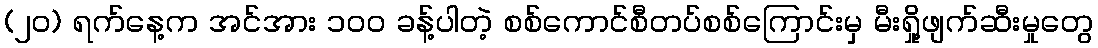
(၂၀) ရက်နေ့က အင်အား ၁၀၀ ခန့်ပါတဲ့ စစ်ကောင်စီတပ်စစ်ကြောင်းမှ မီးရှို့ဖျက်ဆီးမှုတွေ